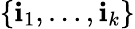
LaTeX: \{ \mathbf{i}_{1},\dots,\mathbf{i}_{k}\}